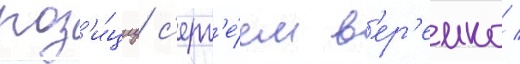
поз'и́циу с'ерг'е́ем в'ер'емко /